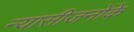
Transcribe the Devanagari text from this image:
न्यासीजनोंके